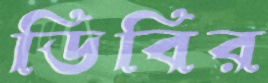
ডিবির